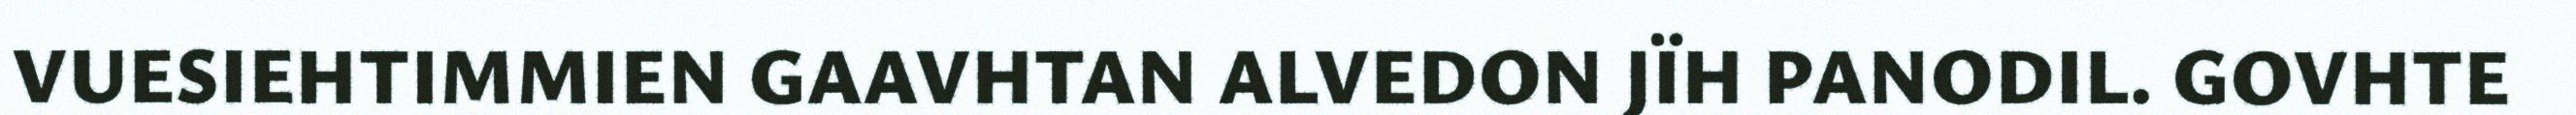
VUESIEHTIMMIEN GAAVHTAN ALVEDON JÏH PANODIL. GOVHTE